Indian journal of veterinary science and animal husbandry - Volume 5,
Year: 1935
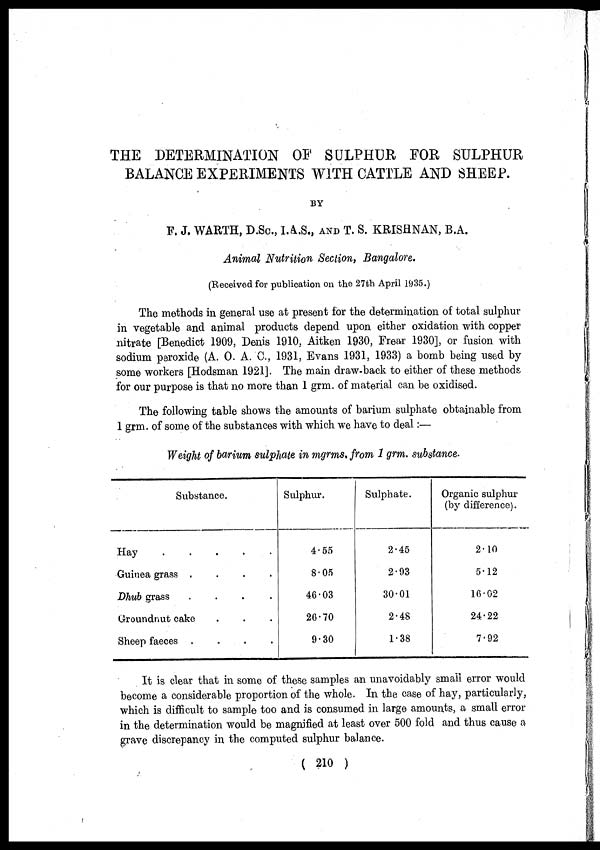
THE DETERMINATION OF SULPHUR FOR SULPHUR
BALANCE EXPERIMENTS WITH CATTLE AND SHEEP.
BY
F. J. WARTH, D.Sc., I.A.S.,AND T. S. KRISHNAN, B.A.
Animal Nutrition Section, Bangalore.
(Received for publication on the 27th April 1935.)
The methods in general use at present for the determination of total sulphur
in vegetable and animal products depend upon either oxidation with copper
nitrate [Benedict 1909, Denis 1910, Aitken 1930, Frear 1930], or fusion with
sodium peroxide (A. O. A. C., 1931, Evans 1931, 1933) a bomb being used by-
some workers [Hodsman 1921]. The main draw-back to either of these methods
for our purpose is that no more than 1 grm. of material can be oxidised.
The following table shows the amounts of barium sulphate obtainable from
1 grm. of some of the substances with which we have to deal:—
Weight of barium sulphate in mgrms, from 1 grm. substance.
Substance.
Hay
Guinea grass
....
Dhub grass
....
Groundnut cake
Sheep faeces
....
Sulphur.
4.55
8.05
46.03
26.70
9.30
Sulphate.
2.45
2.93
30.01
2.48
1.38
Organic sulphur
(by difference).
2.10
5.12
16.02
24.22
7.92
It is clear that in some of these samples an unavoidably small error would
become a considerable proportion of the whole. In the case of hay, particularly,
which is difficult to sample too and is consumed in large amounts, a small error
in the determination would be magnified at least over 500 fold and thus cause a
grave discrepancy in the computed sulphur balance.
( 210 )